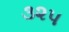
૩૨૫